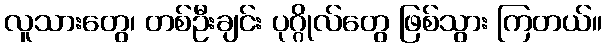
လူသားတွေ၊ တစ်ဦးချင်း ပုဂ္ဂိုလ်တွေ ဖြစ်သွား ကြတယ်။